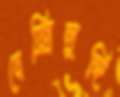
বেক্সিলুঙ্গি